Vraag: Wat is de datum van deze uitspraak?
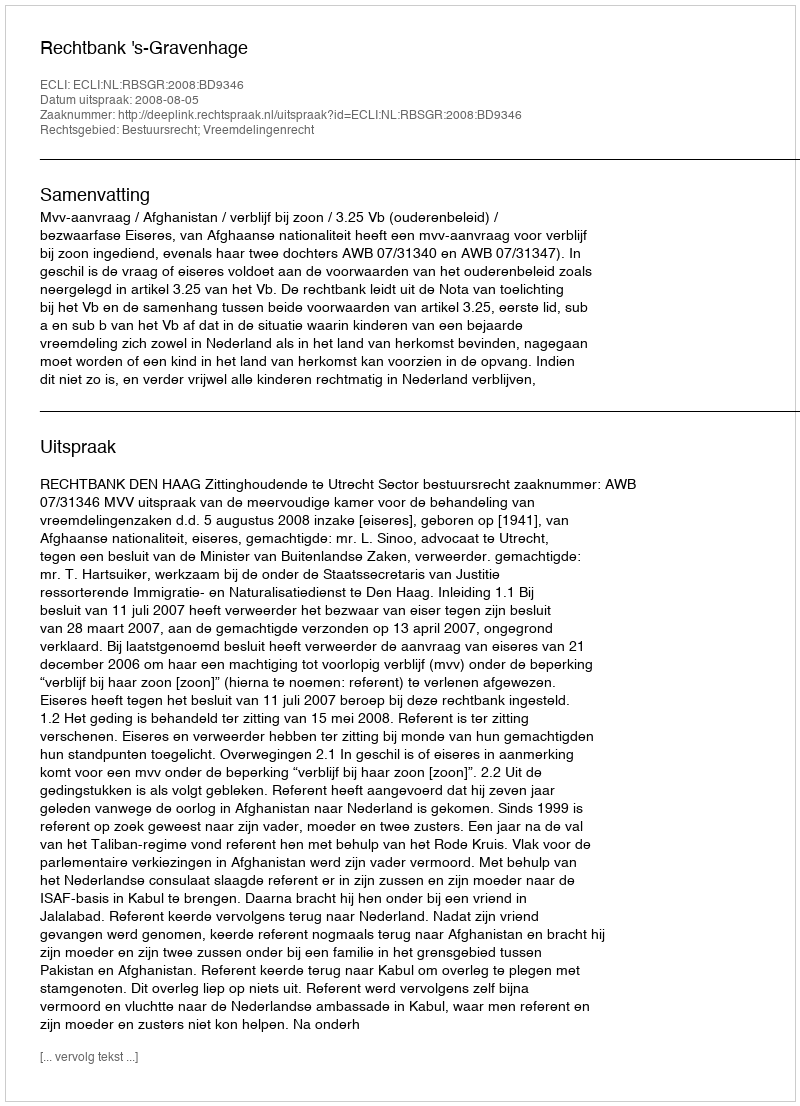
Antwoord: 2008-08-05